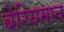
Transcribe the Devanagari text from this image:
बेरियमान